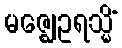
မဇ္ဈေဥရသ္မိံ